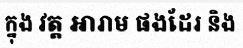
ក្នុង វត្ត អារាម ផងដែរ និង